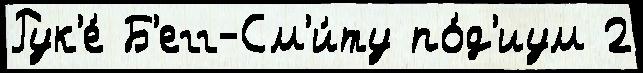
Рук'е́ Б'егг-См'и́ту по́д'иум 2